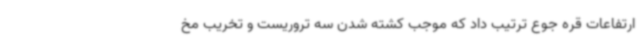
ارتفاعات قره جوع ترتیب داد که موجب کشته شدن سه تروریست و تخریب مخ